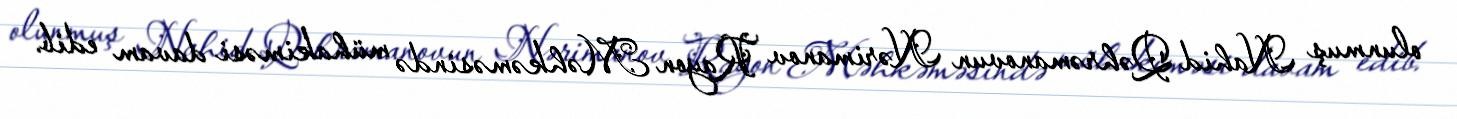
olunmuş Nahid Qəhrəmanovun Nərimanov Rayon Məhkəməsində mühakiməsi davam edib.